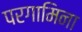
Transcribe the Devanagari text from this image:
परगामिना